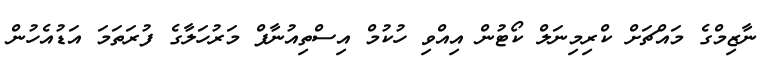
ނާޒިމްގެ މައްޗަށް ކްރިމިނަލް ކޯޓުން އިއްވި ހުުކުމް އިސްތިއުނާފް މަރުހަލާގެ ފުރަތަމަ އަޑުއެހުން